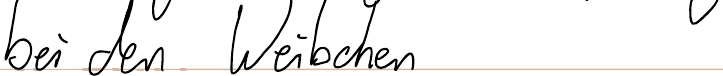
bei den Weibchen